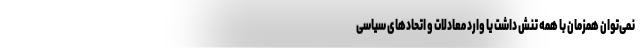
نمی‌توان همزمان با همه تنش داشت یا وارد معادلات و اتحادهای سیاسی‌